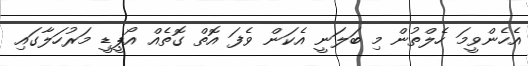
އެހެންވީމަ ހެލްތުން މި ބަލަނީ އެކަން ވެފަ އޮތް ގޮތެއް އޯޕީޑީ މަރުހަލާގައި